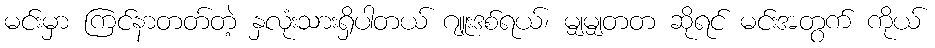
မင်းမှာ ကြင်နာတတ်တဲ့ နှလုံးသားရှိပါတယ် ဂျူးဒစ်ရယ်၊ မျှမျှတတ ဆိုရင် မင်းအတွက် ကိုယ်